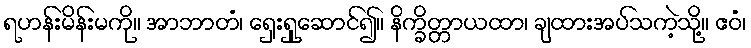
ရဟန်းမိန်းမကို။ အာဘာတံ၊ ရှေးရှုဆောင်၍။ နိက္ခိတ္တာယထာ၊ ချထားအပ်သကဲ့သို့။ ဧဝံ၊